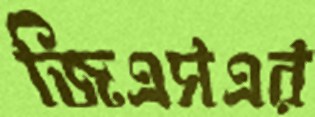
জিএসএর